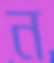
ন